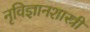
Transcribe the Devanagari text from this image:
नृविज्ञानशास्त्री